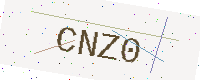
Text: CNZ0